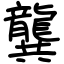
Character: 龔